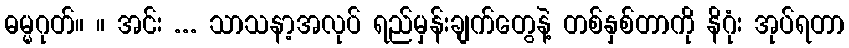
ဓမ္မဂုတ်။ ။ အင်း ... သာသနာ့အလုပ် ရည်မှန်းချက်တွေနဲ့ တစ်နှစ်တာကို နိဂုံး အုပ်ရတာ